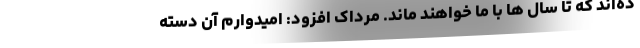
ده‌اند که تا سال ها با ما خواهند ماند. مرداک افزود: امیدوارم آن دسته